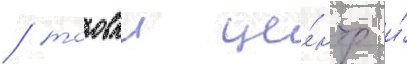
/ торовыи це́нтр и́